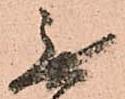
無